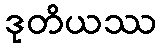
ဒုတိယဿ